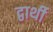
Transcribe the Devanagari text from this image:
द्वार्थी